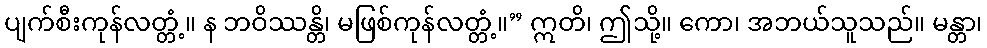
ပျက်စီးကုန်လတ္တံ့။ န ဘဝိဿန္တိ၊ မဖြစ်ကုန်လတ္တံ့။” ဣတိ၊ ဤသို့။ ကော၊ အဘယ်သူသည်။ မန္တာ၊